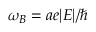
\omega _ { B } = a e | E | / \hbar